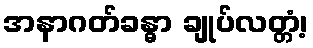
အနာဂတ်ခန္ဓာ ချုပ်လတ္တံ့၊